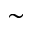
\sim